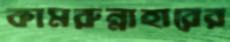
কামরুন্নাহারের